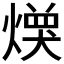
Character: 𱬌